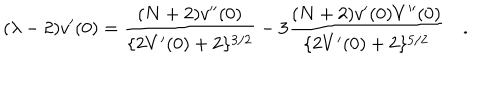
LaTeX: ( \lambda - 2 ) v ^ { \prime } ( 0 ) = \frac { ( N + 2 ) v ^ { \prime \prime } ( 0 ) } { \{ 2 V ^ { \prime } ( 0 ) + 2 \} ^ { 3 / 2 } } - 3 \frac { ( N + 2 ) v ^ { \prime } ( 0 ) V ^ { \prime \prime } ( 0 ) } { \{ 2 V ^ { \prime } ( 0 ) + 2 \} ^ { 5 / 2 } } \quad .